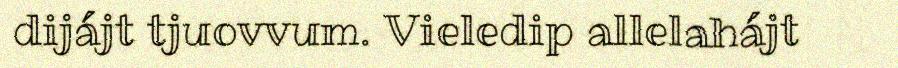
dijájt tjuovvum. Vieledip allelahájt